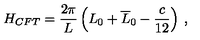
H _ { C F T } = \displaystyle \frac { 2 \pi } { L } \left( L _ { 0 } + \overline { { L } } _ { 0 } - \displaystyle \frac { c } { 1 2 } \right) \: ,